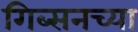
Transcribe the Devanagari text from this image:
गिब्सनच्या